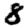
Digit: 8